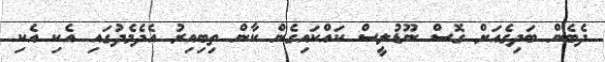
ދެބެން ބަދިގެއަށް ގޮސް ނޫޑުލީސް ކައްކައިގެން ކާން ތިބިއިރު އެދެމެދުގައި އެކި އެކި